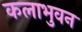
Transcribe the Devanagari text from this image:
कलाभुवन